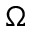
\Omega